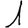
Digit: 1